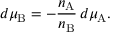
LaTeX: d \mu _ { \mathrm { B } } = - { \frac { n _ { \mathrm { A } } } { n _ { \mathrm { B } } } } \, d \mu _ { \mathrm { A } } .